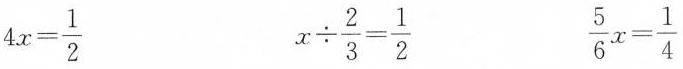
$$4x= \frac{1}{2}$$ $$x \div \frac{2}{3}= \frac{1}{2}$$ $$\frac{5}{6}x= \frac{1}{4}$$